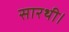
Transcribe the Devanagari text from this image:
सारथी।